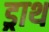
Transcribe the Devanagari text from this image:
ड्राथ